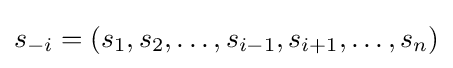
s_{-i}=(s_{1},s_{2},\ldots ,s_{i-1},s_{i+1},\ldots ,s_{n})